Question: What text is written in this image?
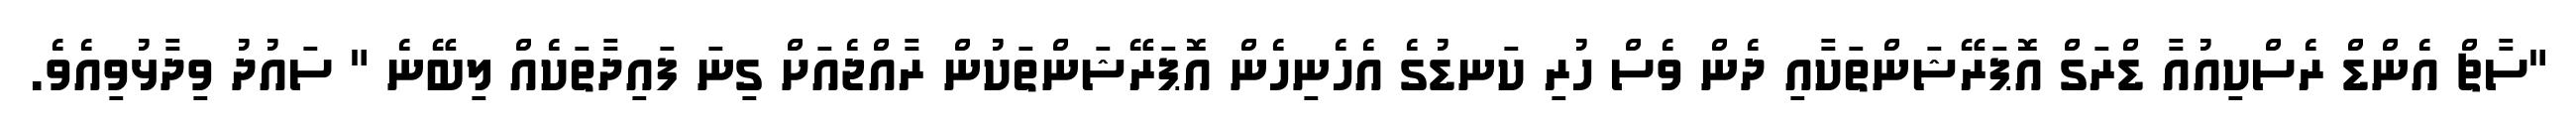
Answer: "ސާޗް އެންޑް ރެސްކިއުއާ ޑްރަގް އޮޕަރޭޝަންތަކާއި ދެން ވެސް ހުރި ކަނޑުގެ އެހެނިހެން އޮޕަރޭޝަންތަކުން ރާއްޖެއަށް ގިނަ ފައިދާތަކެއް ލިބޭނެ " ސައުދު ވިދާޅުވިއެވެ.